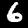
Label: 6